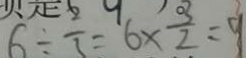
6 \div \frac { 2 } { 3 } = 6 \times \frac { 3 } { 2 } = 9